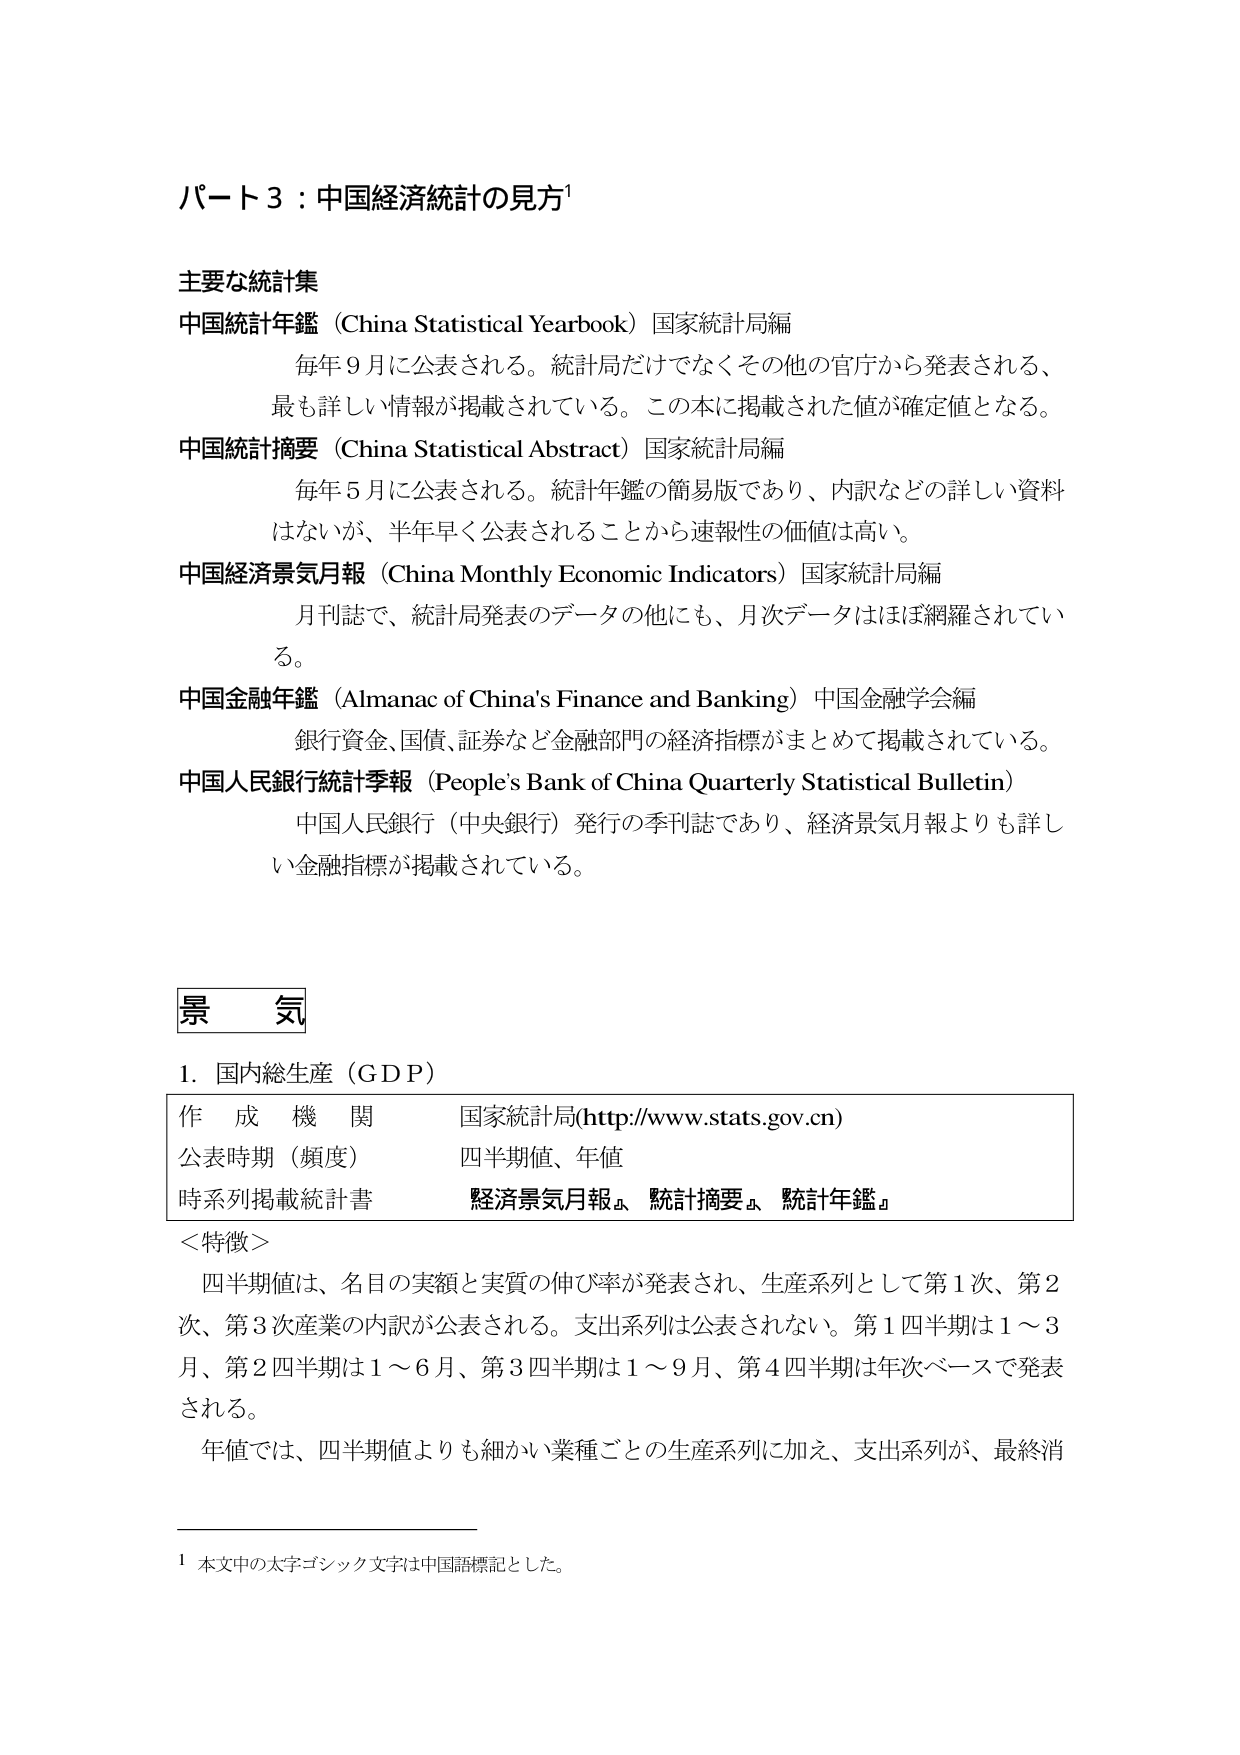
パート３：中国経済統計の見方¹

主要な統計集
中国統計年鑑（China Statistical Yearbook）国家統計局編
　　毎年９月に公表される。統計局だけでなくその他の官庁から発表される、
　　最も詳しい情報が掲載されている。この本に掲載された値が確定値となる。
中国統計摘要（China Statistical Abstract）国家統計局編
　　毎年５月に公表される。統計年鑑の簡易版であり、内訳などの詳しい資料
　　はないが、半年早く公表されることから速報性の価値は高い。
中国経済景気月報（China Monthly Economic Indicators）国家統計局編
　　月刊誌で、統計局発表のデータの他にも、月次データはほぼ網羅されてい
　　る。
中国金融年鑑（Almanac of China's Finance and Banking）中国金融学会編
　　銀行資金、国債、証券など金融部門の経済指標がまとめて掲載されている。
中国人民銀行統計季報（People's Bank of China Quarterly Statistical Bulletin）
　　中国人民銀行（中央銀行）発行の季刊誌であり、経済景気月報よりも詳し
　　い金融指標が掲載されている。

景　気
１．国内総生産（ＧＤＰ）
作成機関　　　　　　国家統計局(http://www.stats.gov.cn)
公表時期（頻度）　　四半期値、年値
時系列掲載統計書　　経済景気月報、統計摘要、統計年鑑

＜特徴＞
　　四半期値は、名目の実額と実質の伸び率が発表され、生産系列として第１次、第２
　　次、第３次産業の内訳が公表される。支出系列は公表されない。第１四半期は１～３
　　月、第２四半期は１～６月、第３四半期は１～９月、第４四半期は年次ベースで発表
　　される。
　　年値では、四半期値よりも細かい業種ごとの生産系列に加え、支出系列が、最終消

¹ 本文中の太字ゴシック文字は中国語標記とした。